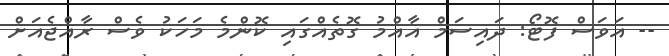
-- އަވަސް ފޮޓޯ: ދައިސަމް އާއްމު ގޮތެއްގައި ކޮންމެ މަހަކު ވެސް ރާއްޖެއަށް